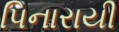
પિનારાયી